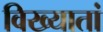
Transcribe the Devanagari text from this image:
विख्यातां